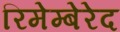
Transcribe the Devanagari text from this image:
रिमेम्बेरेद